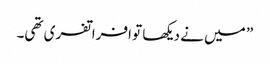
” میں نے دیکھا تو افراتفری تھی۔